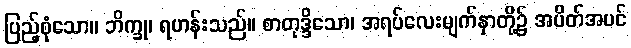
ပြည့်စုံသော။ ဘိက္ခု၊ ရဟန်းသည်။ စာတုဒ္ဒိသော၊ အရပ်လေးမျက်နှာတို့၌ အပိတ်အပင်